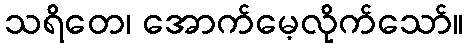
သရိတေ၊ အောက်မေ့လိုက်သော်။